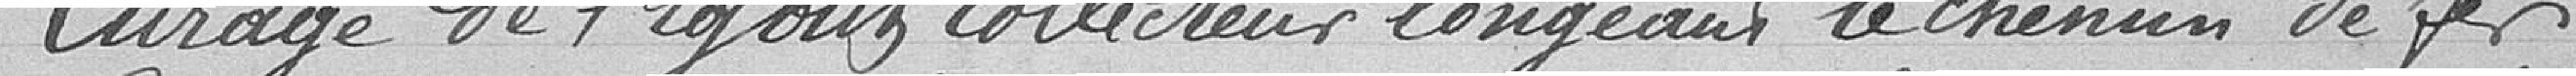
Curage de l'égoût collecteur longeant le chemin de fer